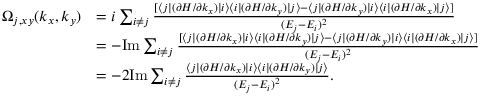
\begin{array} { r l } { \Omega _ { j , x y } ( k _ { x } , k _ { y } ) } & { = i \sum _ { i \neq j } \frac { [ \langle j | ( \partial { \cal H } / \partial k _ { x } ) | i \rangle \langle i | ( \partial { \cal H } / \partial k _ { y } ) | j \rangle - \langle j | ( \partial { \cal H } / \partial k _ { y } ) | i \rangle \langle i | ( \partial { \cal H } / \partial k _ { x } ) | j \rangle ] } { ( E _ { j } - E _ { i } ) ^ { 2 } } } \\ & { = - \mathrm { I m } \sum _ { i \neq j } \frac { [ \langle j | ( \partial { \cal H } / \partial k _ { x } ) | i \rangle \langle i | ( \partial { \cal H } / \partial k _ { y } ) | j \rangle - \langle j | ( \partial { \cal H } / \partial k _ { y } ) | i \rangle \langle i | ( \partial { \cal H } / \partial k _ { x } ) | j \rangle ] } { ( E _ { j } - E _ { i } ) ^ { 2 } } } \\ & { = - 2 \mathrm { I m } \sum _ { i \neq j } \frac { \langle j | ( \partial { \cal H } / \partial k _ { x } ) | i \rangle \langle i | ( \partial { \cal H } / \partial k _ { y } ) | j \rangle } { ( E _ { j } - E _ { i } ) ^ { 2 } } . } \end{array}